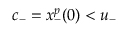
c _ { - } = x _ { - } ^ { p } ( 0 ) < u _ { - }